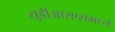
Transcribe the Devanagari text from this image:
युडीआरएसमध्ये